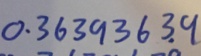
0 . 3 6 3 9 3 6 3 . 9